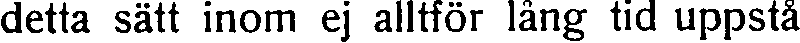
detta sätt inom ej alltför lång tid uppstå